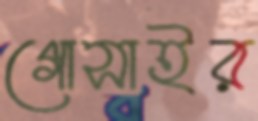
গোসাইর